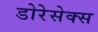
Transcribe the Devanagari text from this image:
डोरेसेक्स